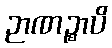
ဉာဏဉ္စာပိ